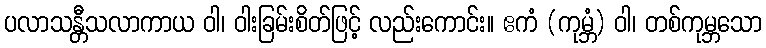
ပလာသန္တီသလာကာယ ဝါ၊ ဝါးခြမ်းစိတ်ဖြင့် လည်းကောင်း။ ဧကံ (ကုမ္ဘံ) ဝါ၊ တစ်ကုမ္ဘသော